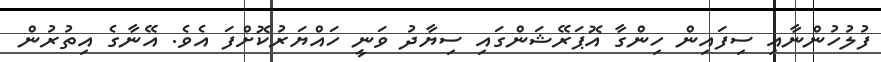
ފުލުހުންނާއި ސިފައިން ހިންގާ އޮޕަރޭޝަންގައި ސިޔާދު ވަނީ ހައްޔަރުކޮށްފަ އެވެ. އޭނާގެ އިތުރުން